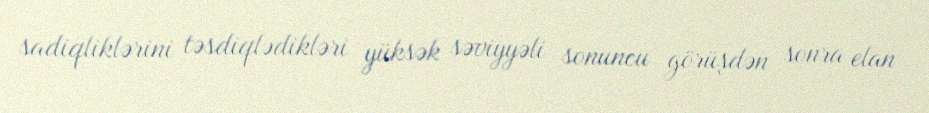
sadiqliklərini təsdiqlədikləri yüksək səviyyəli sonuncu görüşdən sonra elan